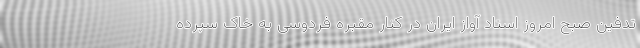
تدفین صبح امروز استاد آواز ایران در کنار مقبره فردوسی به خاک سپرده